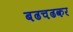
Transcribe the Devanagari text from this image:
बढचढकर